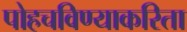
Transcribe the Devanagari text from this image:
पोहचविण्याकरिता